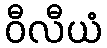
ဝီလီယံ